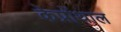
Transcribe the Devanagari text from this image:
केप्रोंथाल